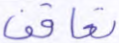
تعاقب